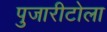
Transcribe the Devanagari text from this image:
पुजारीटोला